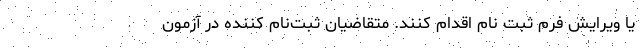
یا ویرایش فرم ثبت نام اقدام کنند. متقاضیان ثبت‌نام کننده در آزمون